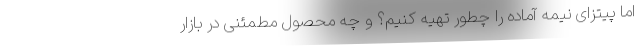
اما پیتزای نیمه آماده را چطور تهیه کنیم؟ و چه محصول مطمئنی در بازار